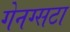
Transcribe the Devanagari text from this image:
गेनग्सटा